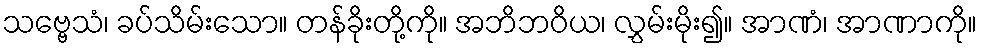
သဗ္ဗေသံ၊ ခပ်သိမ်းသော။ တန်ခိုးတို့ကို။ အဘိဘဝိယ၊ လွှမ်းမိုး၍။ အာဏံ၊ အာဏာကို။